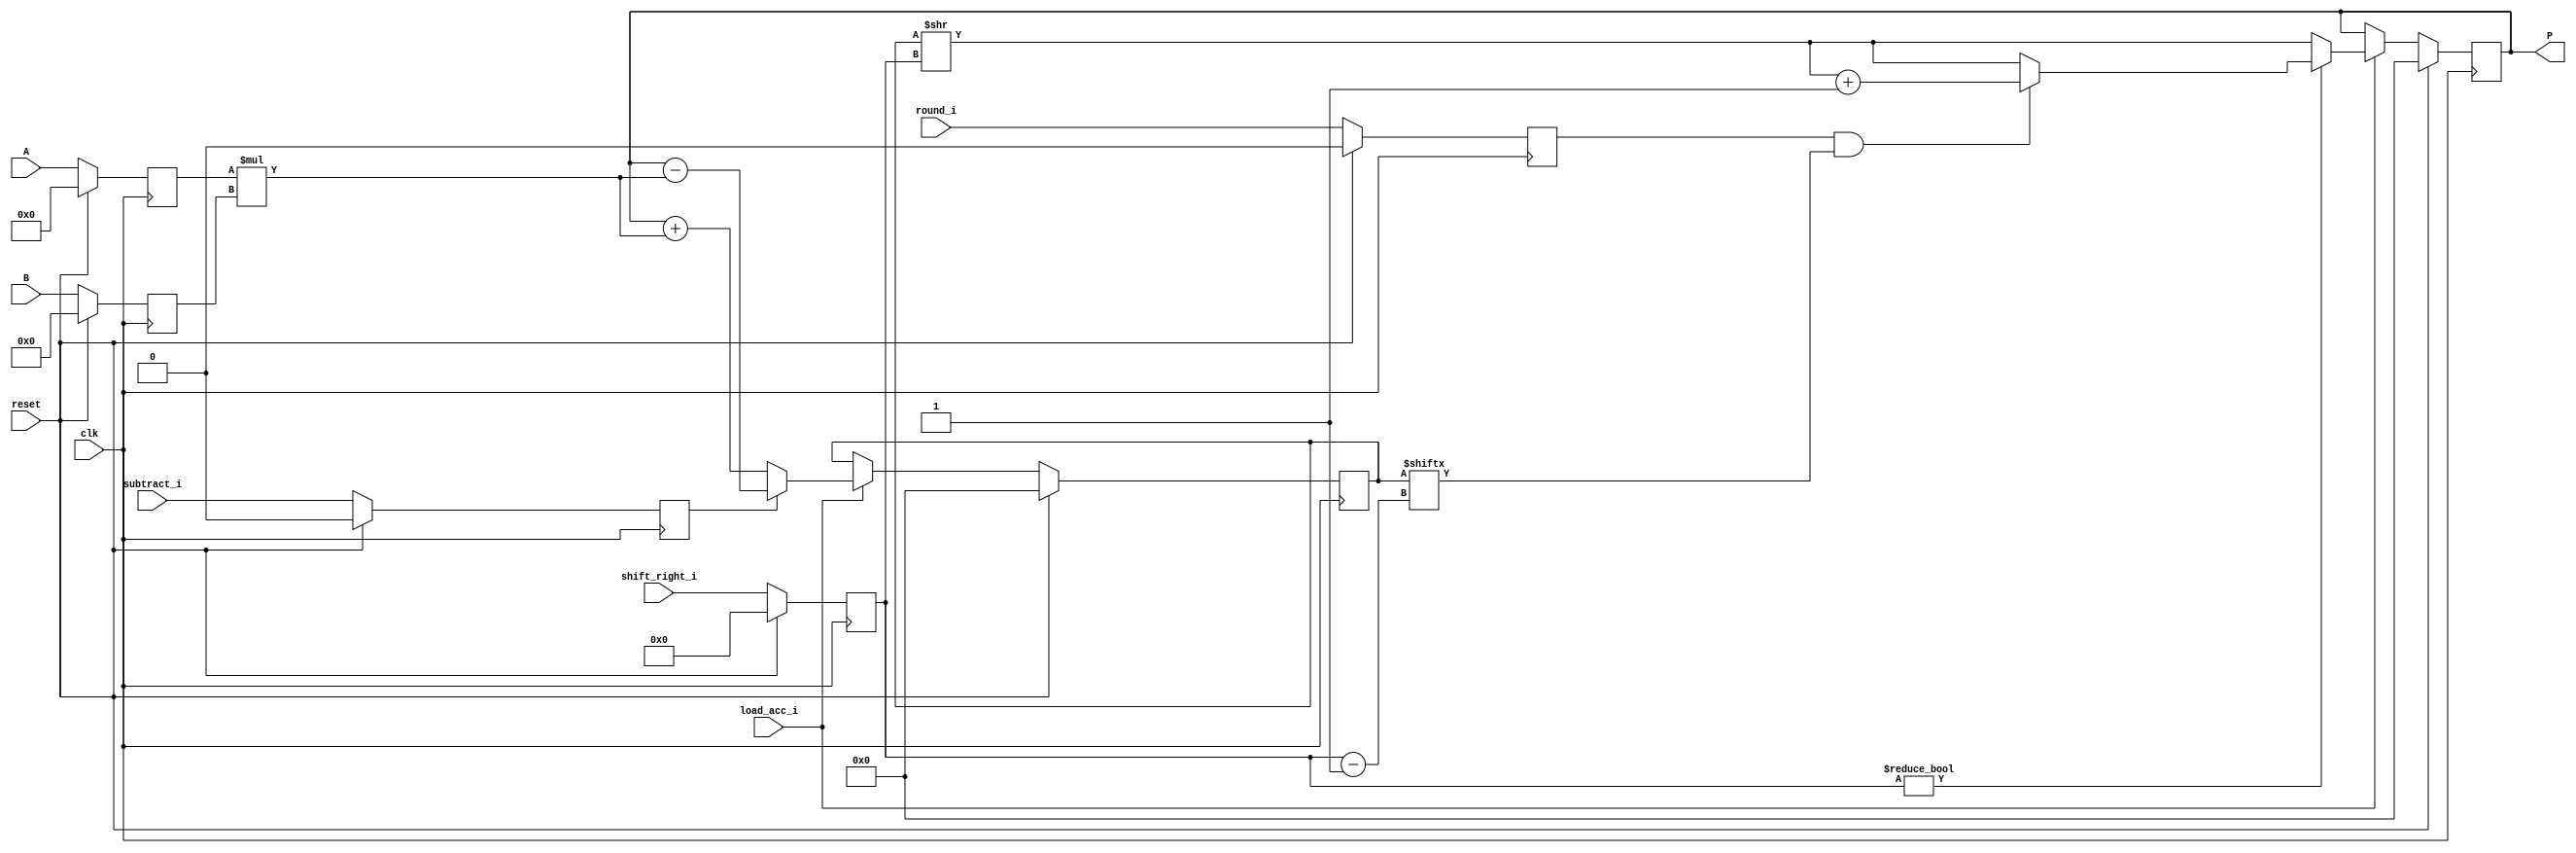
module accum_output_shifted_rounded (clk, reset, subtract_i, load_acc_i, shift_right_i, round_i, A, B, P);

//localparam MIN_SIGNED_VALUE   = 2 ** 37;
	input clk, reset, subtract_i, load_acc_i;
	input [5:0] shift_right_i;
	input round_i;//, saturate_i;
	input signed [19:0] A;
	input signed [17:0] B;
	output reg signed [63:0] P;
	reg signed [63:0] out, out_shift;
	reg signed [19:0] i1;
	reg signed [17:0] i2;
	reg subtract_i_reg;
	reg [5:0] shift_right_i_reg;
	reg round_i_reg;
	reg signed [63:0] mul, add_or_sub;
	always @(posedge clk) begin
		if(reset == 1) begin
			i1 <= 0;
			i2 <= 0;
			subtract_i_reg <= 0;
			shift_right_i_reg <= 0;
			round_i_reg <= 0;
			//saturate_i_reg <= 0;
		end
		else begin
			i1 <= A;
			i2 <= B;
			subtract_i_reg <= subtract_i;
			shift_right_i_reg <= shift_right_i;
			round_i_reg <= round_i;
			//saturate_i_reg <= saturate_i;
		end
	end
	always @(posedge clk) begin
		if (reset ==1 )
			P <= 0;
		else if (load_acc_i)
			P <= out;
		else
			P <= P;
	end

	always @ (*)  begin
		mul  = i1 * i2;
	end

	always @ (posedge clk)  begin
		if (reset)
			add_or_sub <= 0;
		else if (load_acc_i) begin
			if (subtract_i_reg)
				add_or_sub <= P - mul;
			else
				add_or_sub <= P + mul;
		end
		else
			add_or_sub <= add_or_sub;
	end

	always @ (*)  begin
		out_shift = add_or_sub >>shift_right_i_reg;
		if (shift_right_i_reg != 0) begin
			if (round_i_reg == 1 && add_or_sub[shift_right_i_reg -1]==1) begin
				out = out_shift + 1'b1;
			end
			else
				out = out_shift;
		end
		/*else if (saturate_i_reg == 1 ) begin
			if (out_shift < $signed(- 137438953472 ))		//underflow
				out =  64'h8000000000000000;
			else if (out_shift > $signed(137438953471))	//overflow
				out = 64'h01fffffffff;
			else
				out = out_shift;
		end*/
		else
			out = out_shift;

	end

endmodule